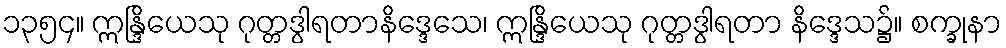
၁၃၅၄။ ဣန္ဒြိယေသု ဂုတ္တဒွါရတာနိဒ္ဒေသေ၊ ဣန္ဒြိယေသု ဂုတ္တဒွါရတာ နိဒ္ဒေသ၌။ စက္ခုနာ